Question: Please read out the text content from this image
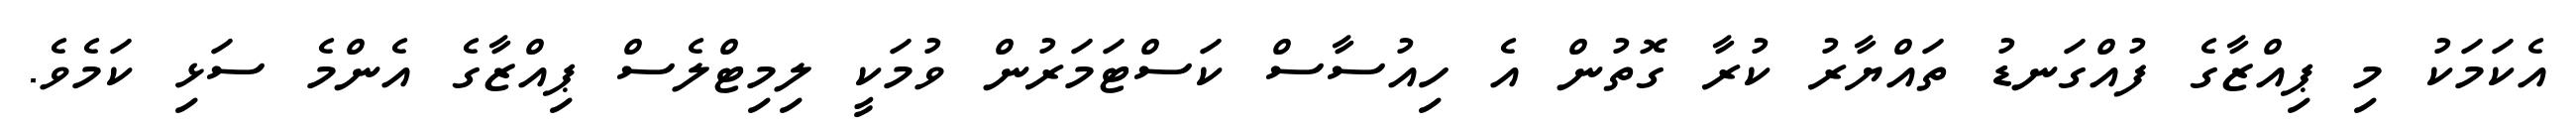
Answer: އެކަމަކު މި ޕިއްޒާގެ ފުއްގަނޑު ތައްޔާރު ކުރާ ގޮތުން އެ ހިއުސާސް ކަސްޓަމަރުން ވުމަކީ ލިމިޓްލެސް ޕިއްޒާގެ އެންމެ ސަޅި ކަމެވެ.